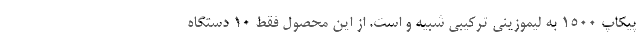
پیکاپ 1500 به لیموزینی ترکیبی شبیه و است. از این محصول فقط 10 دستگاه